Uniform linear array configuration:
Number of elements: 64
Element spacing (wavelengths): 0.75
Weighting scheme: binomial
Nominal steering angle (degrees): -45
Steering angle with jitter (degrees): -45.258
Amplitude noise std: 0.05
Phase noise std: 0.05

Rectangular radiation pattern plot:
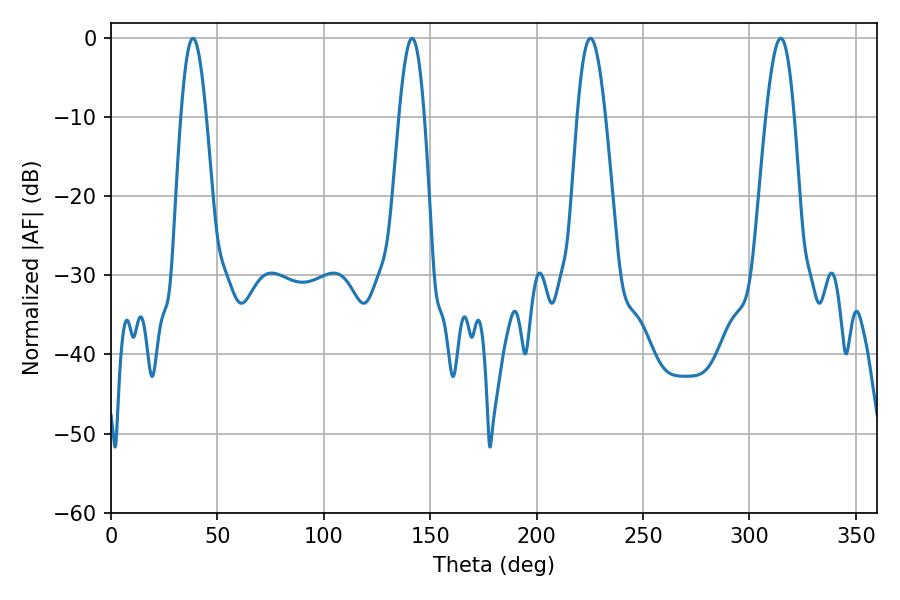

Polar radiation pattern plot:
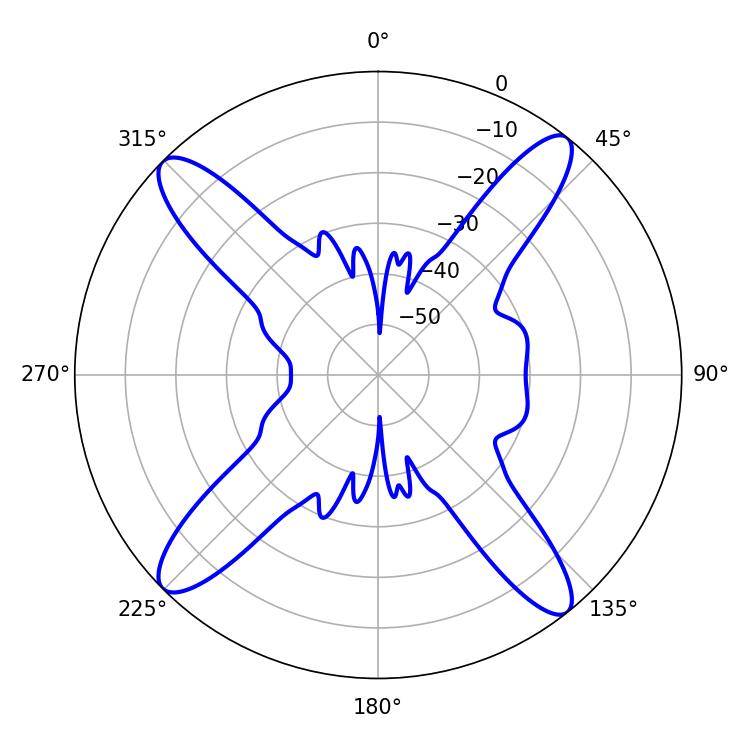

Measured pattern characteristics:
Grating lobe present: TRUE
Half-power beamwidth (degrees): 6.3
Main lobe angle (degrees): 38.52